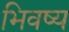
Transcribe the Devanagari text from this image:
भिवष्य